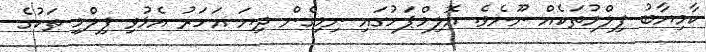
ކާމިޔާބު ފިލްމުތަކެއް ނޫނެވެ. އޮލިމްޕަހުގައި ނިމިގެން ދިޔަ އަހަރު އެޅުވި ފިލްމި ތަކުގެ